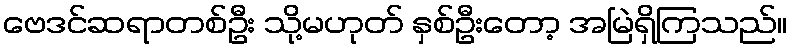
ဗေဒင်ဆရာတစ်ဦး သို့မဟုတ် နှစ်ဦးတော့ အမြဲရှိကြသည်။